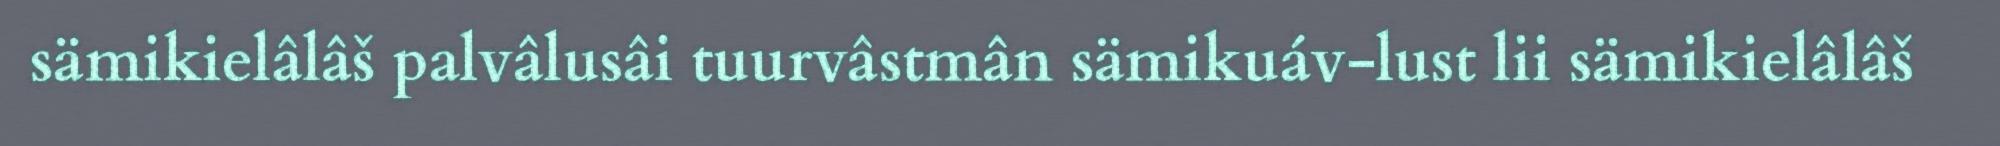
sämikielâlâš palvâlusâi tuurvâstmân sämikuáv-lust lii sämikielâlâš